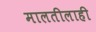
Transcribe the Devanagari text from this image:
मालतीलाही